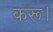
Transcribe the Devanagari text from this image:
करू।